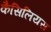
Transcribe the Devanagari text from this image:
कैसिलियस